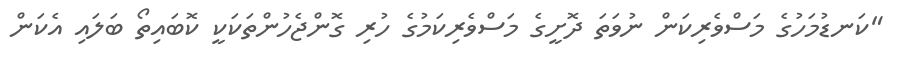
"ކަނޑުމަހުގެ މަސްވެރިކަން ނުވަތަ ދޮށީގެ މަސްވެރިކަމުގެ ހުރި ގޮންޖެހުންތަކަކީ ކޮބައިތޯ ބަލައި އެކަން